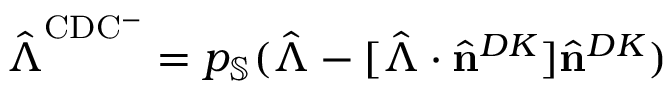
\hat { \boldsymbol { \Lambda } } ^ { \mathrm { C D C ^ { - } } } = p _ { \mathbb { S } } ( \hat { \boldsymbol { \Lambda } } - [ \hat { \boldsymbol { \Lambda } } \cdot \hat { \mathbf { n } } ^ { D K } ] \hat { \mathbf { n } } ^ { D K } )